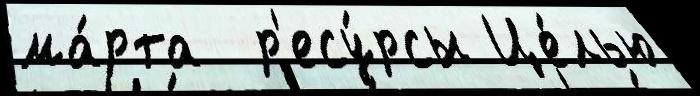
ма́рта  р'есу́рсы Це́лью